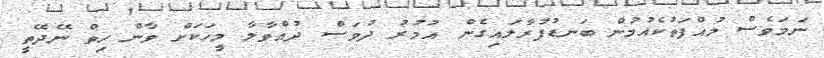
ނަމަވެސް މުއްފަތުކެއުމުން ބަނޑުފުރާލައިގެން އުމުރު ދުވަސް ދުއްވާލާ މީހަކަށް ވާން ހިތް ނޭދޭތީ